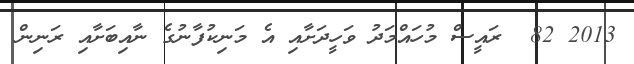
2013 82  ރައީސް މުހައްމަދު ވަހީދަށާއި އެ މަނިކުފާނުގެ ނާއިބަށާއި ރަނިން